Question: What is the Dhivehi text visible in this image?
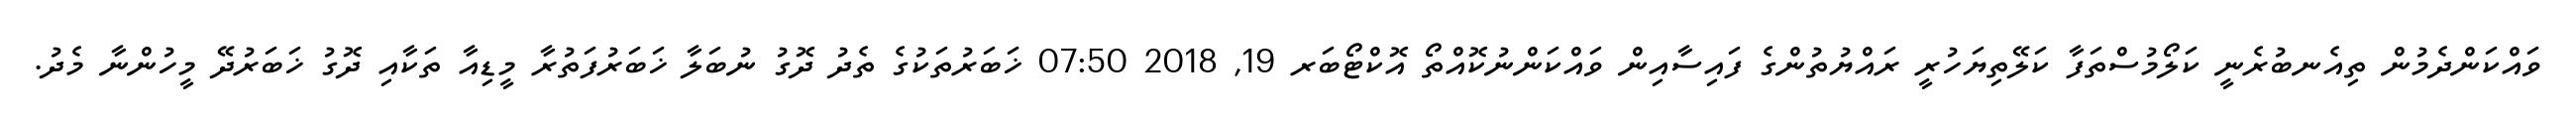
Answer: ވައްކަންދެމުން ތިއެނބުރެނީ ކަލޯމުސްތަފާ ކަލޭތިޔަހުރީ ރައްޔުތުންގެ ފައިސާއިން ވައްކަންނުކޮއްތޯ އޮކްޓޯބަރ 19, 2018 07:50 ޚަބަރުތަކުގެ ތެދު ދޮގު ނުބަލާ ޚަބަރުފަތުރާ މީޑިއާ ތަކާއި ދޮގު ޚަބަރުދޭ މީހުންނާ މެދު.